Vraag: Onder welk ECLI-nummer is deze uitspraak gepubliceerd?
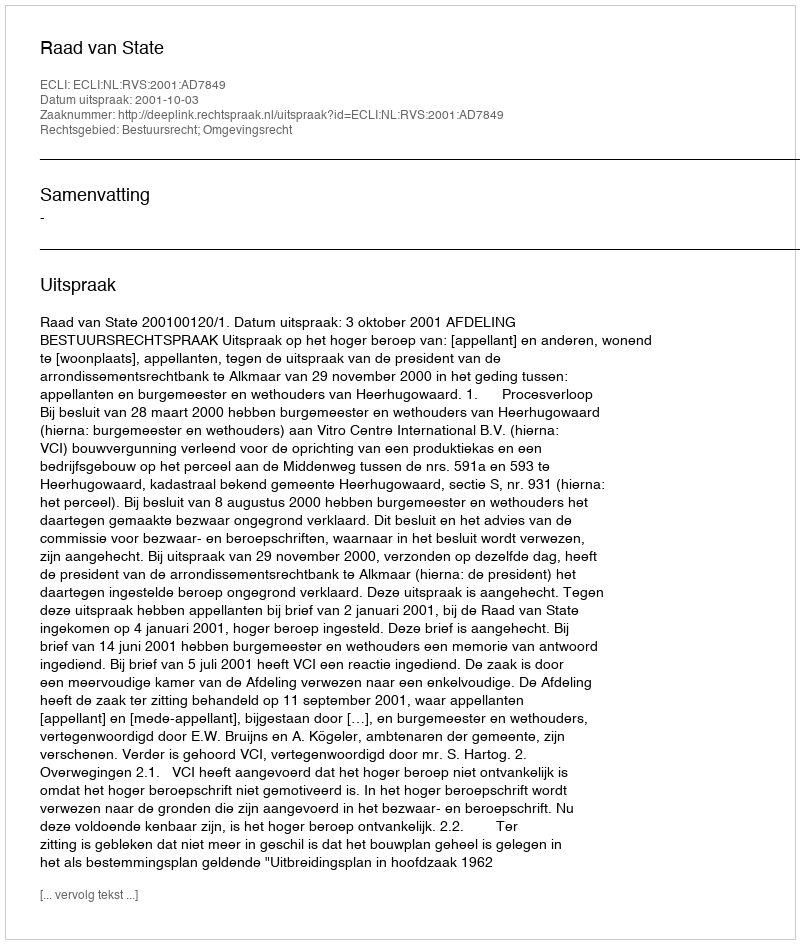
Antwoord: ECLI:NL:RVS:2001:AD7849